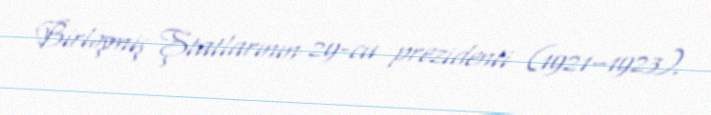
Birləşmiş Ştatlarının 29-cu prezidenti (1921–1923).